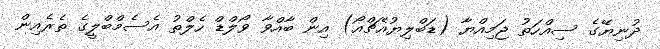
ދުނިޔޭގެ ސިއްހަތު ޖަމިއްޔާ (ޑަބްލިޔުއެޗްއޯ) އިން ބާއްވާ ވޯލްޑް ހެލްތު އެސެމްބްލީގެ ތެރެއިން